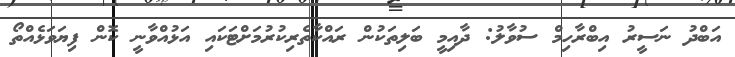
އަބްދު ނަސީރު އިބްރާހިމް ސުވާލު: ދާއިމީ ބަލިތަކުން ރައްކާތެރިކުރުމަށްޓަކައި އަޅުއްވާނީ ކޮން ފިޔަވަޅެއްތޯ